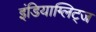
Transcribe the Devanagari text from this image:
इंडियाग्लिट्ज